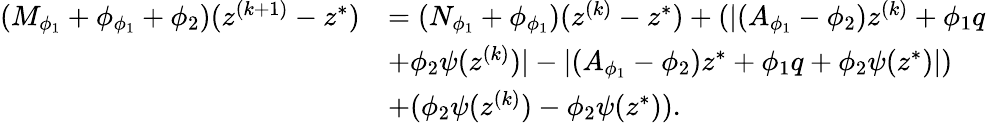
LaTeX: \begin{array}{rl}{(M_{\phi_{1}}+\phi_{\phi_{1}}+\phi_{2})(z^{(k+1)}-z^{*})}&{=(N_{\phi_{1}}+\phi_{\phi_{1}})(z^{(k)}-z^{*})+(\lvert(A_{\phi_{1}}-\phi_{2})z^{(k)}+\phi_{1}q}\\ &{+\phi_{2}\psi(z^{(k)})\rvert-\lvert(A_{\phi_{1}}-\phi_{2})z^{*}+\phi_{1}q+\phi_{2}\psi(z^{*})\rvert)}\\ &{+(\phi_{2}\psi(z^{(k)})-\phi_{2}\psi(z^{*})).}\end{array}